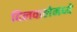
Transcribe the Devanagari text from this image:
दिलवालेमध्ये